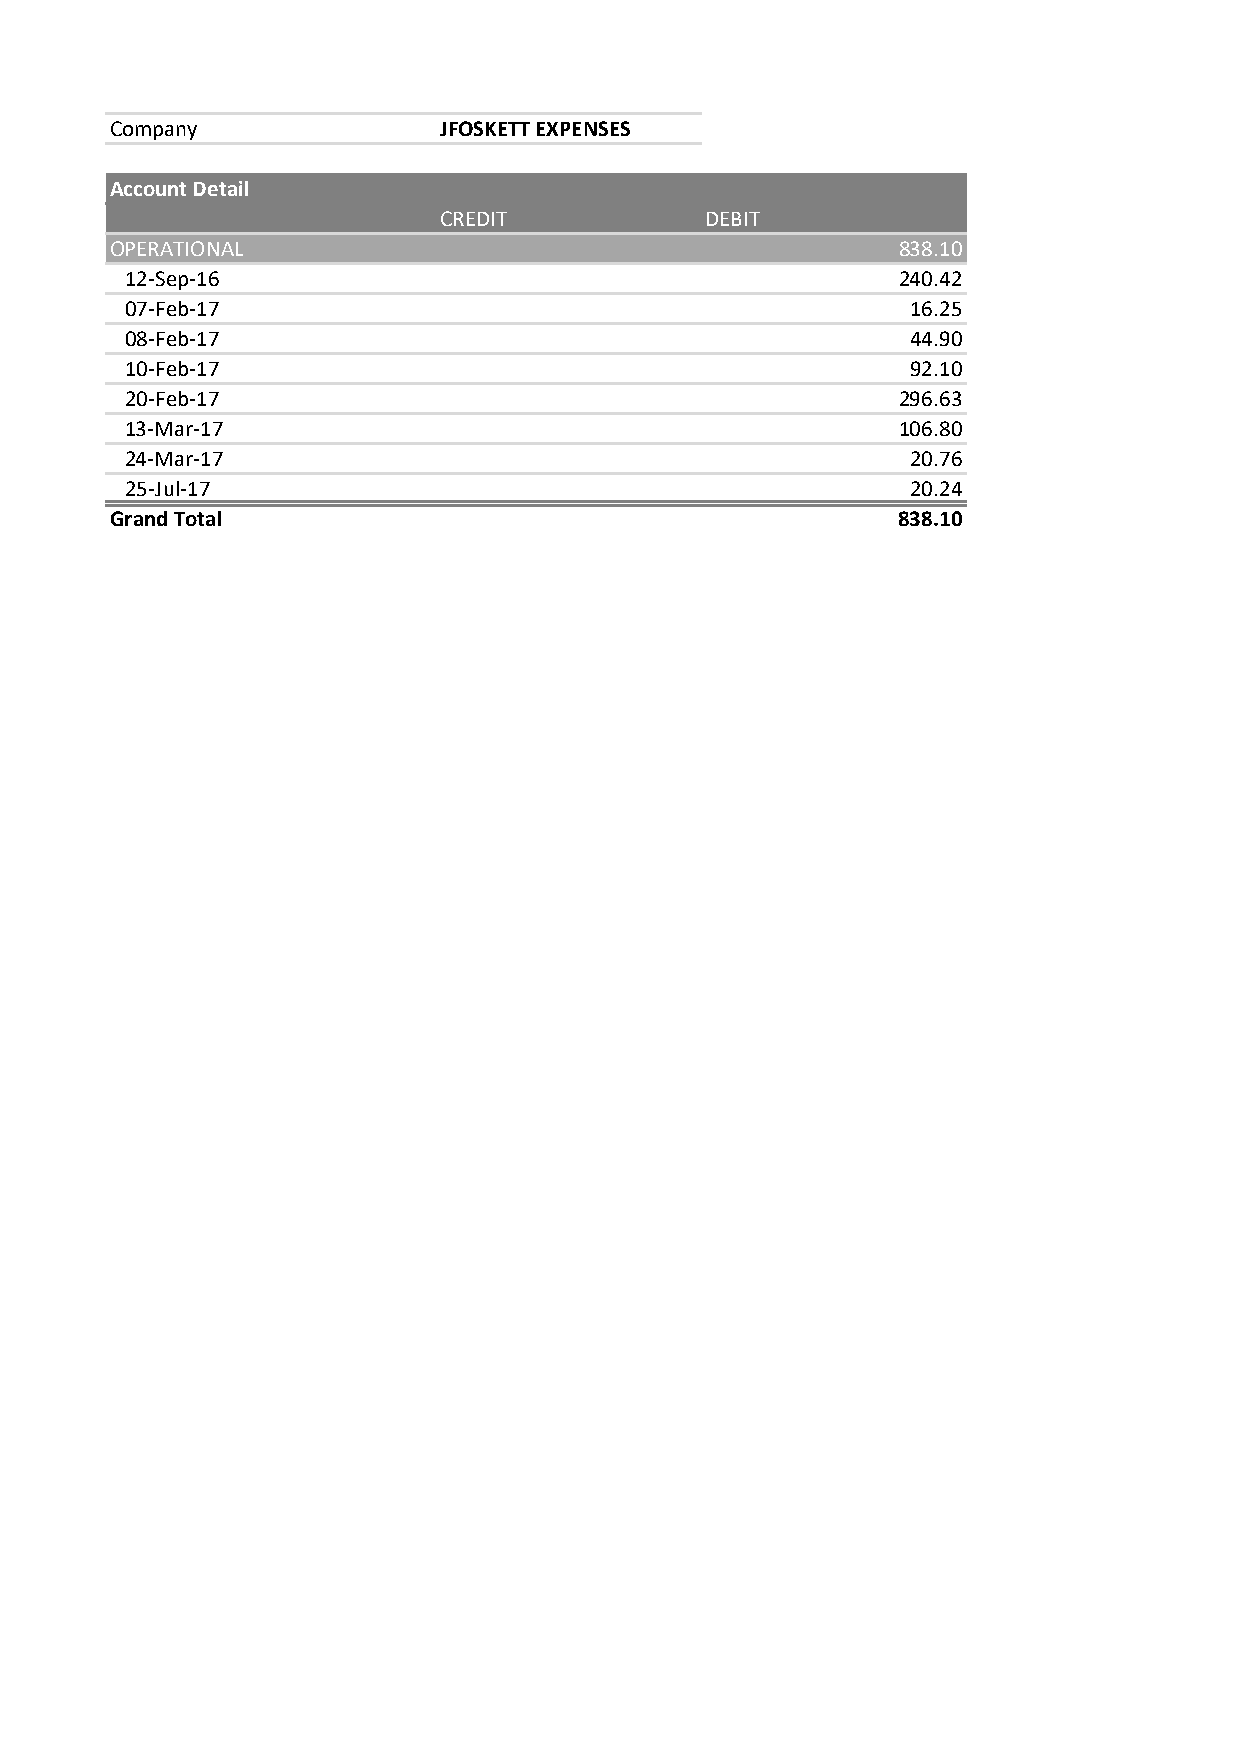
Company               JFOSKETT EXPENSES
 Account Detail
 CREDIT            DEBIT
 OPERATIONAL                                         838.10
 12-Sep-16                                          240.42
 07-Feb-17                                           16.25
 08-Feb-17                                           44.90
 10-Feb-17                                           92.10
 20-Feb-17                                          296.63
 13-Mar-17                                          106.80
 24-Mar-17                                           20.76
 25-Jul-17                                           20.24
 Grand Total                                         838.10